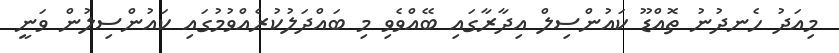
މިއަދު ހެނދުނު ތޮއްޑޫ ކައުންސިލް އިދާރާގައި ބޭއްވެވި މި ބައްދަލުކުރެއްވުމުގައި ކައުންސިލުން ވަނީ